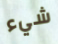
شيء